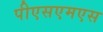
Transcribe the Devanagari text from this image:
पीएसएमएस